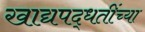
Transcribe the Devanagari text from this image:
खाद्यपद्धतींच्या